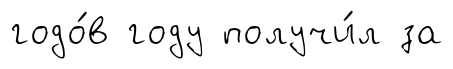
годо́в году получи́л за